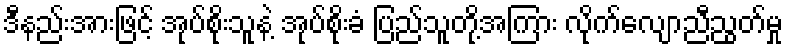
ဒီနည်းအားဖြင့် အုပ်စိုးသူနဲ့ အုပ်စိုးခံ ပြည်သူတို့အကြား လိုက်လျောညီညွတ်မှု